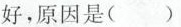
好，原因是()